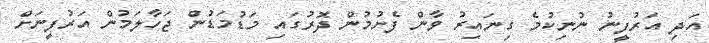
އަދި އަރުފީނު ނުނިކުމެ ގިނައިރު ވާން ފެށުމުން ދޮރުގައި މަޑުމަޑުން ޖަހާލަމުން އަރުފީނަށް